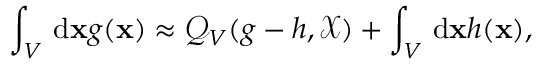
\int _ { V } \, \mathrm { d } \mathbf { x } g ( \mathbf { x } ) \approx \mathcal { Q } _ { V } ( g - h , \mathcal { X } ) + \int _ { V } \, \mathrm { d } \mathbf { x } h ( \mathbf { x } ) ,